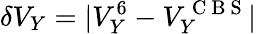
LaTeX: \delta V_{Y}=|V_{Y}^{6}-V_{Y}^{\mathrm{~C~B~S~}}|